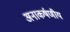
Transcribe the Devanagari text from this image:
अनाकर्षणीय